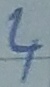
Text: 4